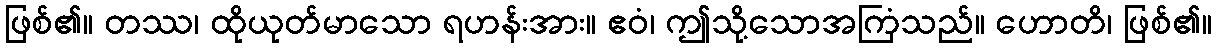
ဖြစ်၏။ တဿ၊ ထိုယုတ်မာသော ရဟန်းအား။ ဧဝံ၊ ဤသို့သောအကြံသည်။ ဟောတိ၊ ဖြစ်၏။